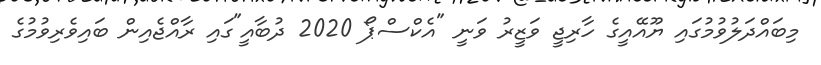
މިބައްދަލުވުމުގައި ޔޫއޭއީގެ ހާރިޖީ ވަޒީރު ވަނީ "އެކްސްޕޯ 2020 ދުބާއީ"ގައި ރާއްޖެއިން ބައިވެރިވުމުގެ